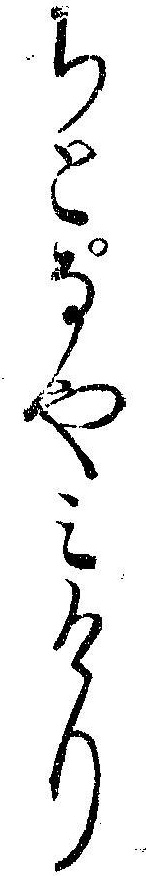
ちとなやミけり